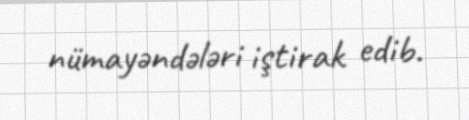
nümayəndələri iştirak edib.